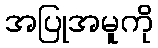
အပြုအမူကို